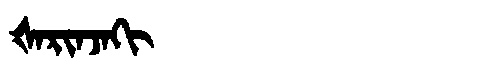
Manchu: ᡧᠠᡵᡳᠨᠵᠠᡴᡳ
Romanization: ŠARINJAKI